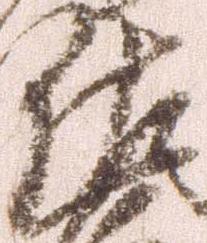
佐